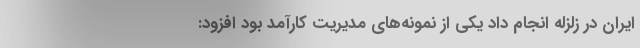
ایران در زلزله انجام داد یکی از نمونه‌های مدیریت کارآمد بود افزود: